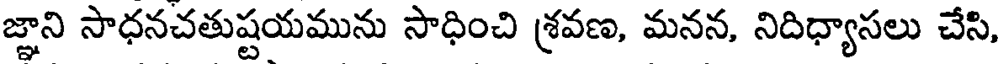
జ్ఞాని సాధనచతుష్టయమును సాధించి శ్రవణ, మనన, నిదిధ్యాసలు చేసి,